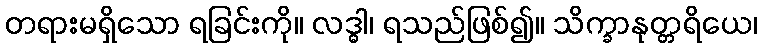
တရားမရှိသော ရခြင်းကို။ လဒ္ဓါ၊ ရသည်ဖြစ်၍။ သိက္ခာနုတ္တရိယေ၊